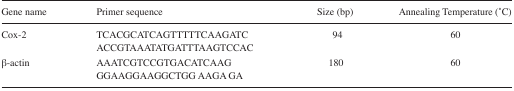
<table><thead><tr><td><b>Gene name</b></td><td><b>Primer sequence</b></td><td><b>Size (bp)</b></td><td><b>Annealing Temperature (°C)</b></td></tr></thead><tbody><tr><td>Cox-2</td><td>TCACGCATCAGTTTTTCAAGATCACCGTAAATATGATTTAAGTCCAC</td><td>94</td><td>60</td></tr><tr><td>β-actin</td><td>AAATCGTCCGTGACATCAAGGGAAGGAAGGCTGG AAGA GA</td><td>180</td><td>60</td></tr></tbody></table>